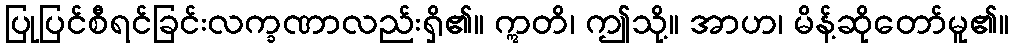
ပြုပြင်စီရင်ခြင်းလက္ခဏာလည်းရှိ၏။ ဣတိ၊ ဤသို့။ အာဟ၊ မိန့်ဆိုတော်မူ၏။